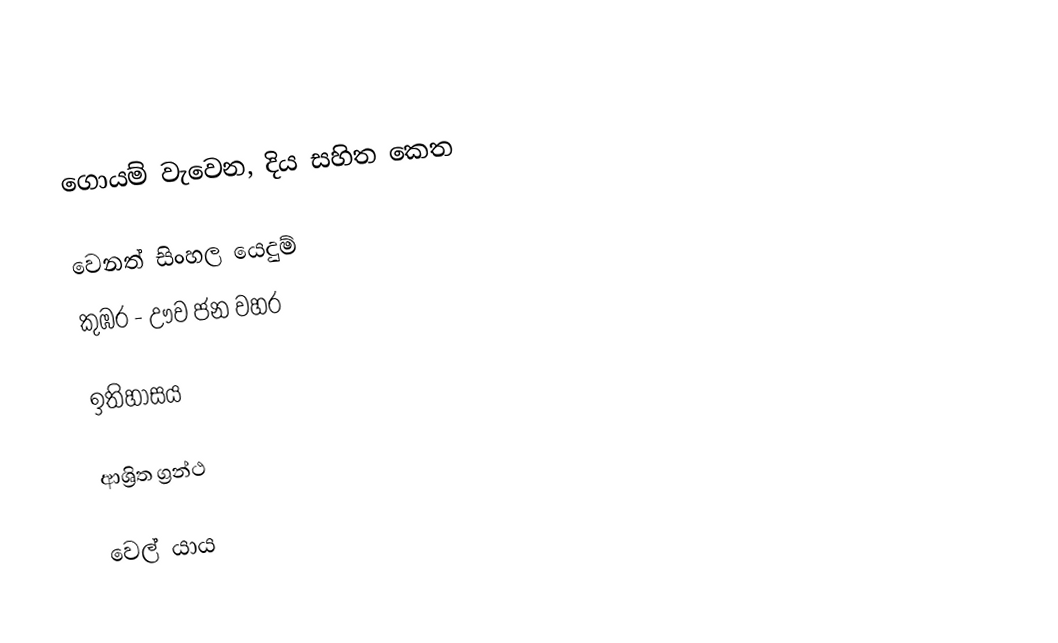
ගොයම් වැවෙන, දිය සහිත කෙත

වෙනත් සිංහල යෙදුම්
 කුඹර - ඌව ජන වහර

ඉතිහාසය

ආශ්‍රිත ග්‍රන්ථ

වෙල් යාය